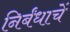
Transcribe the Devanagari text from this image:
निर्बंधाचें